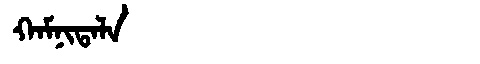
Manchu: ᡴᠠᠮᠨᡳᡨᠠᠯᠠ
Romanization: KAMNITALA